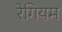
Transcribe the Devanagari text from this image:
रेगियम